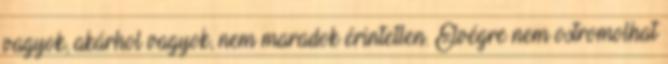
vagyok, akárhol vagyok, nem maradok érintetlen. Elvégre nem ostromolhat